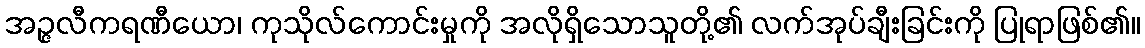
အဉ္ဇလီကရဏီယော၊ ကုသိုလ်ကောင်းမှုကို အလိုရှိသောသူတို့၏ လက်အုပ်ချီးခြင်းကို ပြုရာဖြစ်၏။